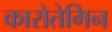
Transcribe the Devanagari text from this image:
कारोतेगिन